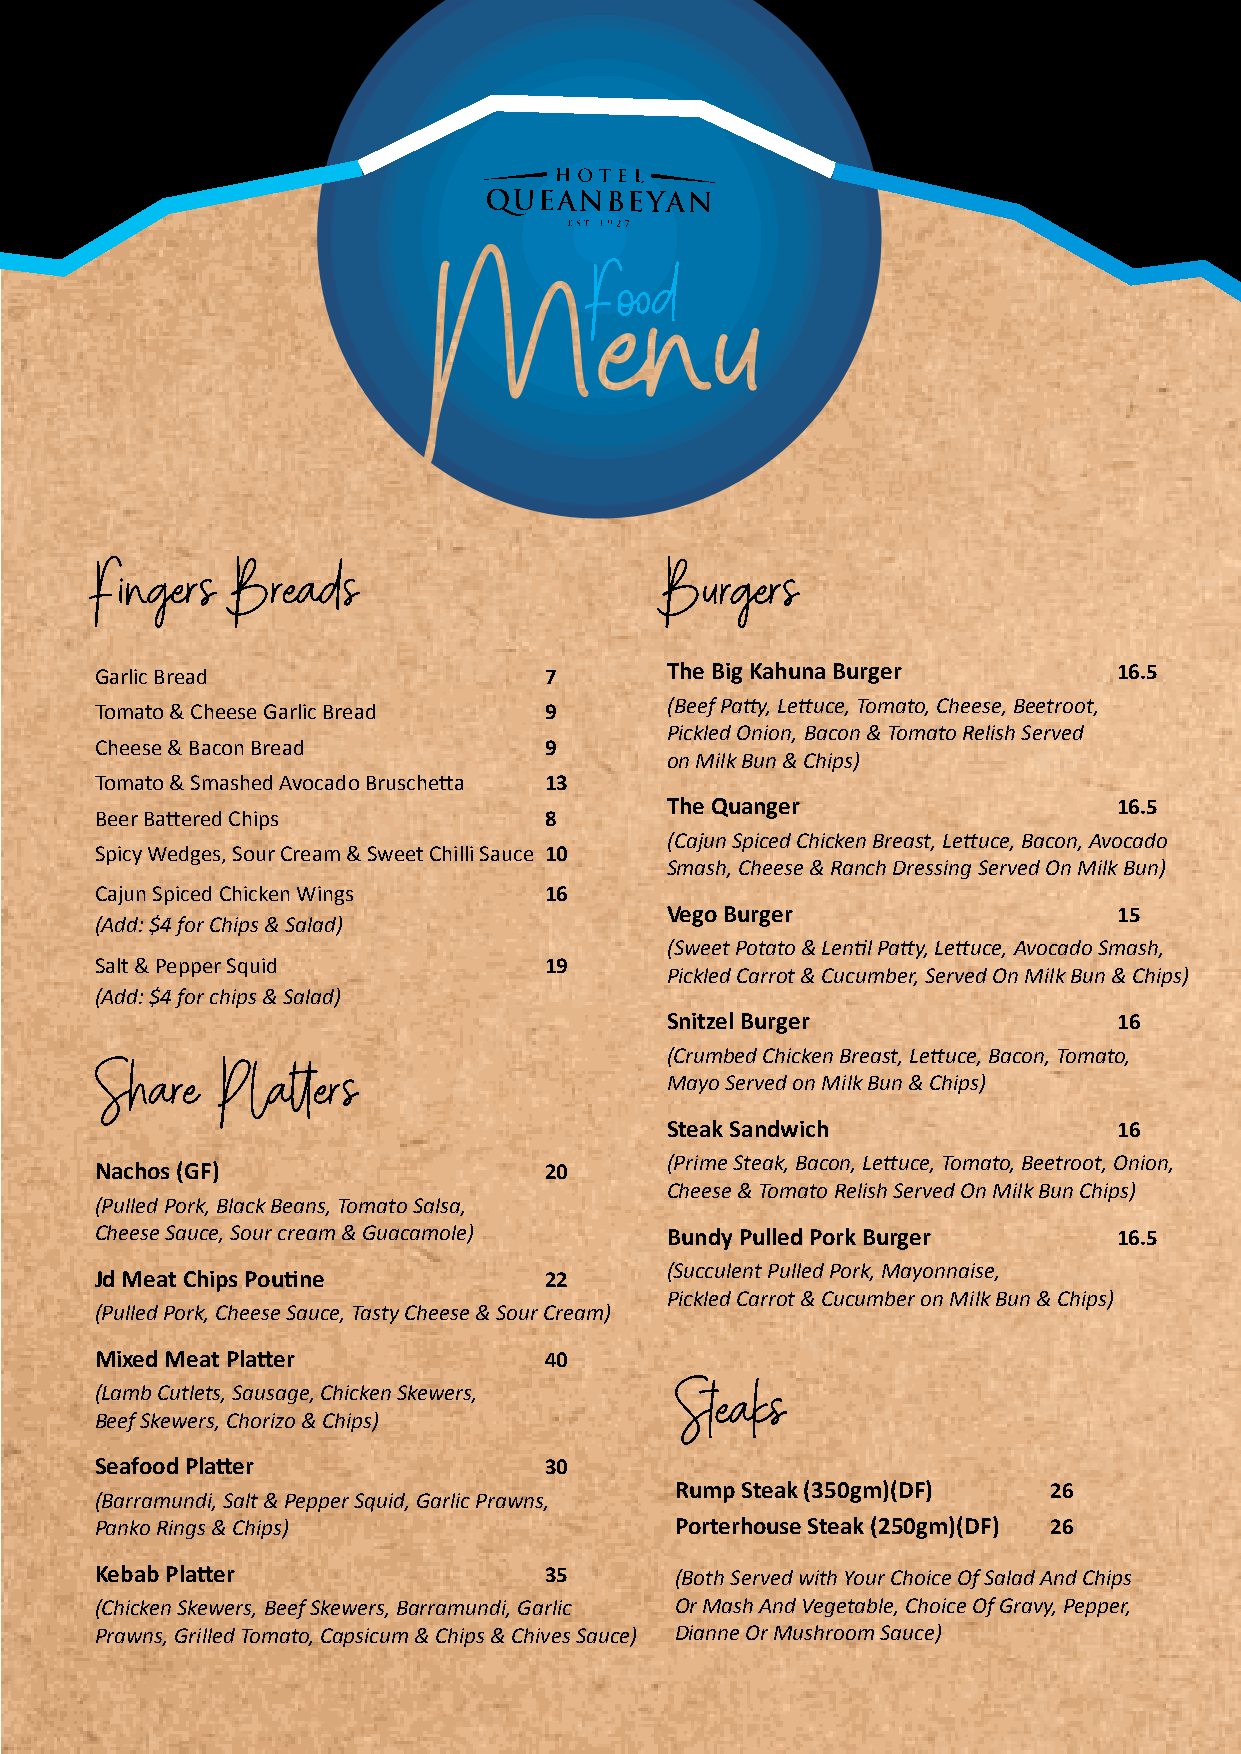
Food
 Fingers   Breads                      Burgers
 Garlic Bread                  7       The Big Kahuna Burger         16.5
 (Beef Patty, Lettuce, Tomato, Cheese, Beetroot,
 Tomato & Cheese Garlic Bread  9
 Pickled Onion, Bacon & Tomato Relish Served
 Cheese & Bacon Bread          9
 on Milk Bun & Chips)
 Tomato & Smashed Avocado Bruschetta 13
 The Quanger                   16.5
 Beer Battered Chips           8
 (Cajun Spiced Chicken Breast, Lettuce, Bacon, Avocado
 Spicy Wedges, Sour Cream & Sweet Chilli Sauce 10
 Smash, Cheese & Ranch Dressing Served On Milk Bun)
 Cajun Spiced Chicken Wings    16
 Vego Burger                   15
 (Add: $4 for Chips & Salad)
 (Sweet Potato & Lentil Patty, Lettuce, Avocado Smash,
 Salt & Pepper Squid           19
 Pickled Carrot & Cucumber, Served On Milk Bun & Chips)
 (Add: $4 for chips & Salad)
 Snitzel Burger                16
 Share    Platters                     (Crumbed Chicken Breast, Lettuce, Bacon, Tomato,
 Mayo Served on Milk Bun & Chips)
 Steak Sandwich                16
 (Prime Steak, Bacon, Lettuce, Tomato, Beetroot, Onion,
 Nachos (GF)                   20
 Cheese & Tomato Relish Served On Milk Bun Chips)
 (Pulled Pork, Black Beans, Tomato Salsa,
 Cheese Sauce, Sour cream & Guacamole) Bundy Pulled Pork Burger      16.5
 (Succulent Pulled Pork, Mayonnaise,
 Jd Meat Chips Poutine         22
 Pickled Carrot & Cucumber on Milk Bun & Chips)
 (Pulled Pork, Cheese Sauce, Tasty Cheese & Sour Cream)
 Mixed Meat Platter            40
 Steaks
 (Lamb Cutlets, Sausage, Chicken Skewers,
 Beef Skewers, Chorizo & Chips)
 Seafood Platter               30
 Rump Steak (350gm)(DF)  26
 (Barramundi, Salt & Pepper Squid, Garlic Prawns,
 Panko Rings & Chips)                   Porterhouse Steak (250gm)(DF) 26
 Kebab Platter                 35       (Both Served with Your Choice Of Salad And Chips
 (Chicken Skewers, Beef Skewers, Barramundi, Garlic Or Mash And Vegetable, Choice Of Gravy, Pepper,
 Prawns, Grilled Tomato, Capsicum & Chips & Chives Sauce) Dianne Or Mushroom Sauce)